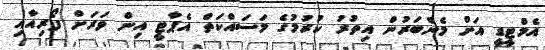
އެމްޓީޑީ އަށް މެންބަރުން އިތުރު ކުރުމުގެ މަސައްކަތް އެޕާޓީ އިން ވަރަށް ފޯރިއާއި